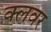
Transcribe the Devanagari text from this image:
क्लवर